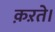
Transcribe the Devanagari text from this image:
क़ऱते।